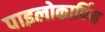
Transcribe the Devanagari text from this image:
पाइलोकार्पिन